Indian journal of veterinary science and animal husbandry - Volumes 15-17, 1948-1951
Year: 1948
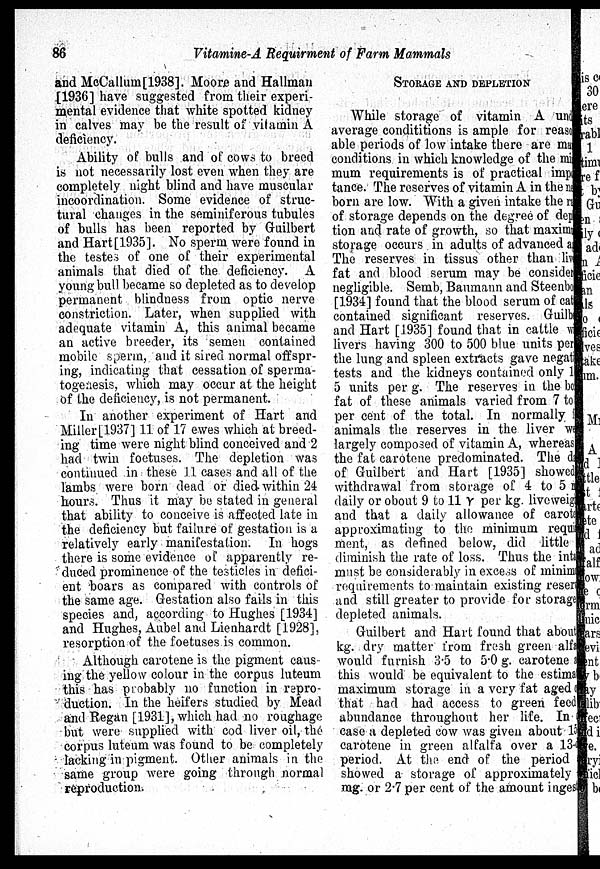
86
Vitamine-A Requirment of Farm Mammals
and McCallum[1938]. Moore and Hallman
[1936] have suggested from their experi
mental evidence that white spotted kidney
in calves may be the result of vitamin A
deficiency.
Ability of bulls and of cows to breed
is not necessarily lost even when they are
completely night blind and have muscular
incoordination. Some evidence of struc
tural changes in the seminiferous tubules
of bulls has been reported by Guilbert
and Hart[1935]. No sperm were found in
the testes of one of their experimental
animals that died of the deficiency. A
young bull became so depleted as to develop
permanent blindness from optic nerve
constriction. Later, when supplied with
adequate vitamin A, this animal became
an active breeder, its semen contained
mobile sperm, and it sired normal offspr
ing, indicating that cessation of sperma
togenesis, which may occur at the height
of the deficiency, is not permanent.
In another experiment of Hart and
Miller [1937] 11 of 17 ewes which at breed
ing time were night blind conceived and 2
had twin foetuses. The depletion was
continued in these 11 cases and all of the
lambs were born dead or died within 24
hours. Thus it may be stated in general
that ability to conceive is affected late in
the deficiency but failure of gestation is a
relatively early manifestation. In hogs
there is some evidence of apparently re
duced prominence of the testicles in defici
ent boars as compared with controls of
the same age. Gestation also fails in this
species and, according to Hughes [1934]
and Hughes, Aubel and Lienhardt [1928],
resorption of the foetuses is common.
Although carotene is the pigment caus
ing the yellow colour in the corpus luteum
this has probably no function in repro
duction. In the heifers studied by Mead
and Regan [1931], which had no roughage
but were supplied with cod liver oil, the
corpus luteum was found to be completely
lacking in pigment. Other animals in the
same group were going through normal
reproduction.
STORAGE AND DEPLETION
While storage of vitamin A under
average condititions is ample for reason
able periods of low intake there are many
conditions in which knowledge of the min
mum requirements is of practical impor
tance. The reserves of vitamin A in the n
born are low. With a given intake the r
of storage depends on the degree of dep
tion and rate of growth, so that maximum
storage occurs in adults of advanced a
The reserves in tissus other than liv
fat and blood serum may be considered
negligible. Semb, Banmann and Steenbo
[1934] found that the blood serum of cattle
contained significant reserves. Guilbert
and Hart [1935] found that in cattle w
livers having 300 to 500 blue units per
the lung and spleen extracts gave negative
tests and the kidneys contained only 1
5 units per g. The reserves in the bo
fat of these animals varied from 7 to
per cent of the total. In normally
animals the reserves in the liver we
largely composed of vitamin A, whereas
the fat carotene predominated. The da
of Guilbert and Hart [1935] showed
withdrawal from storage of 4 to 5 m
daily or obout 9 to 11 γ per kg. liveweigth
and that a daily allowance of carotene
approximating to the minimum require
ment, as defined below, did little
diminish the rate of loss. Thus the int
must be considerably in excess of minimum
requirements to maintain existing reserved
and still greater to provide for storage
depleted animals.
Guilbert and Hart found that about
kg. dry matter from fresh green alfa
would furnish 3.5 to 5.0 g. carotene a
this would be equivalent to the estimated
maximum storage in a very fat aged of
that had had access to green feed
abundance throughout her life. In
case a depleted cow was given about 15
carotene in green alfalfa over a 13-
period. At the end of the period
showed a storage of approximately
rag. or 2.7 per cent of the amount inges